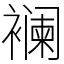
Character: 襕